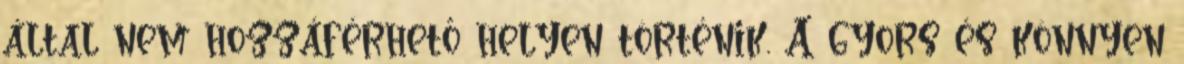
által nem hozzáférhető helyen történik. A gyors és könnyen